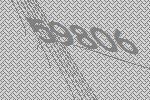
59806